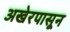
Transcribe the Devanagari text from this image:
अखेरपासून